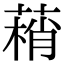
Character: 䔠